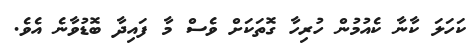
ކަހަލަ ކާނާ ކެއުމުން ހުރިހާ ގޮތަކަށް ވެސް މާ ފައިދާ ބޮޑުވާނެ އެވެ.